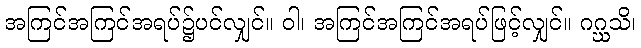
အကြင်အကြင်အရပ်၌ပင်လျှင်။ ဝါ၊ အကြင်အကြင်အရပ်ဖြင့်လျှင်။ ဂဂ္ဃသိ၊